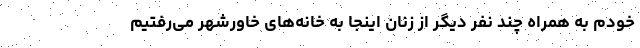
خودم به همراه چند نفر دیگر از زنان اینجا به خانه‌های خاورشهر می‌رفتیم